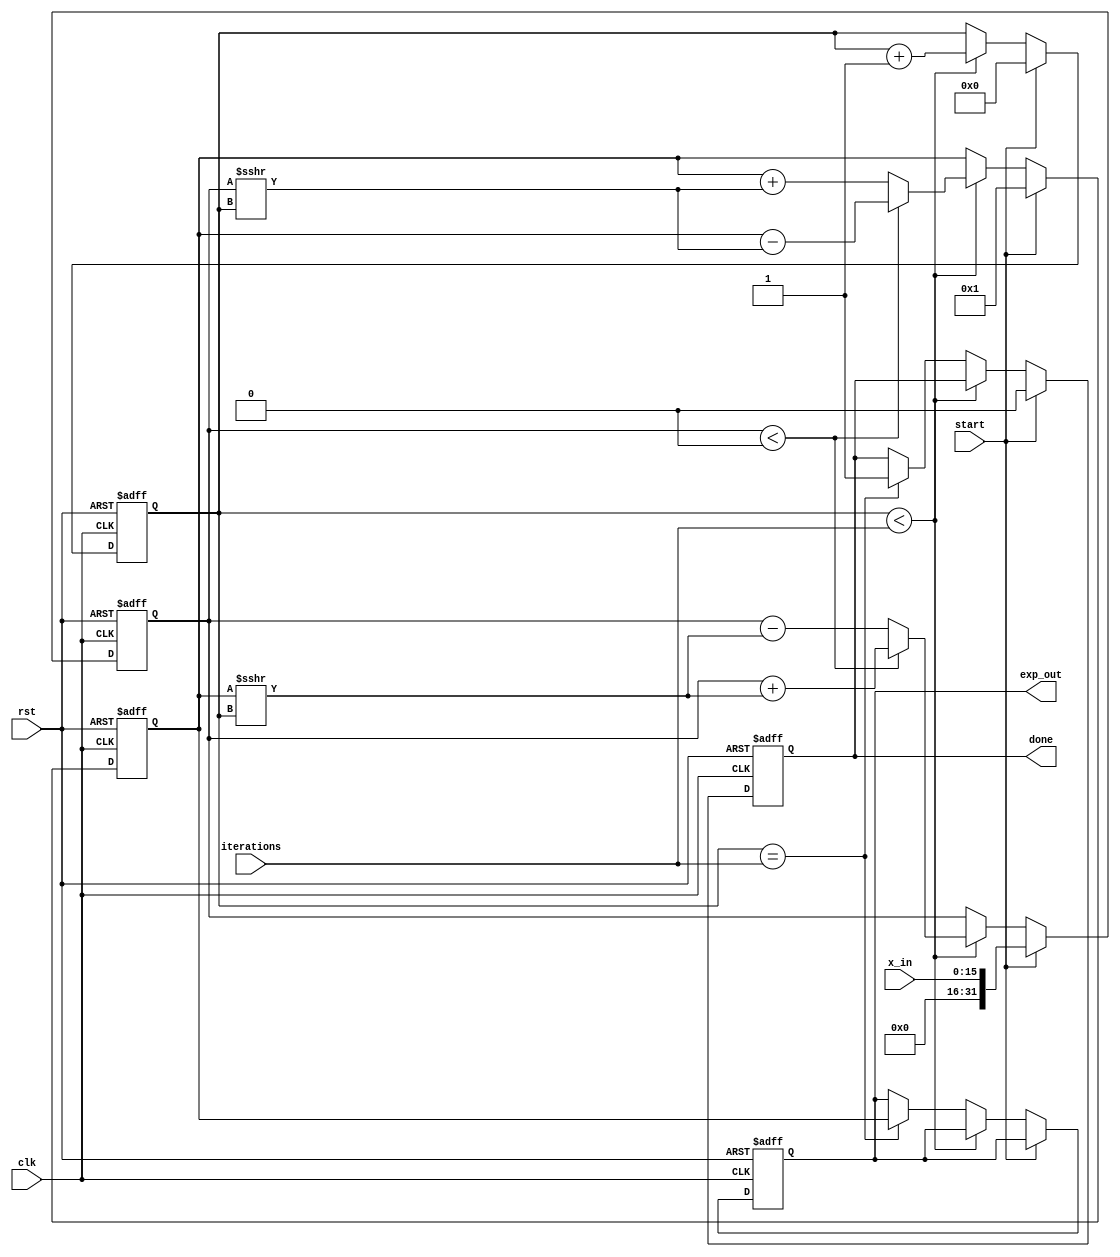
module cordic_exp (
    input wire clk,
    input wire rst,
    input wire start,
    input wire [15:0] x_in, // Fixed-point input for exponent
    input wire [3:0] iterations, // Number of iterations
    output reg [31:0] exp_out, // Fixed-point output for e^x
    output reg done // Signal to indicate completion
);

    // CORDIC parameters
    parameter N = 16; // Number of iterations
    reg [15:0] angle_table [0:N-1]; // Precomputed angles for CORDIC
    reg [31:0] x; // Current x value
    reg [31:0] y; // Current y value
    reg [3:0] count; // Iteration counter

    // Initialize the angle table (arctangent values)
    initial begin
        angle_table[0] = 16'h0000; // atan(2^0)
        angle_table[1] = 16'h1C71; // atan(2^-1)
        angle_table[2] = 16'h0D88; // atan(2^-2)
        angle_table[3] = 16'h05A8; // atan(2^-3)
        angle_table[4] = 16'h0282; // atan(2^-4)
        angle_table[5] = 16'h0143; // atan(2^-5)
        angle_table[6] = 16'h00A3; // atan(2^-6)
        angle_table[7] = 16'h0051; // atan(2^-7)
        angle_table[8] = 16'h0028; // atan(2^-8)
        angle_table[9] = 16'h0014; // atan(2^-9)
        angle_table[10] = 16'h000A; // atan(2^-10)
        angle_table[11] = 16'h0005; // atan(2^-11)
        angle_table[12] = 16'h0002; // atan(2^-12)
        angle_table[13] = 16'h0001; // atan(2^-13)
        angle_table[14] = 16'h0000; // atan(2^-14)
        angle_table[15] = 16'h0000; // atan(2^-15)
    end

    // State machine for CORDIC execution
    always @(posedge clk or posedge rst) begin
        if (rst) begin
            x <= 32'h00000000; // Reset x
            y <= 32'h00000001; // Initial y = 1 (for e^x)
            count <= 4'b0000; // Reset counter
            exp_out <= 32'h00000000; // Reset output
            done <= 1'b0; // Reset done signal
        end else if (start) begin
            x <= {16'h0000, x_in}; // Load input
            y <= 32'h00000001; // Initial y = 1
            count <= 4'b0000; // Start counting
            done <= 1'b0; // Reset done signal
        end else if (count < iterations) begin
            // CORDIC iteration
            if (x < 0) begin
                // Apply rotation in the positive direction
                x <= x + (y >>> count);
                y <= y - (x >>> count);
            end else begin
                // Apply rotation in the negative direction
                x <= x - (y >>> count);
                y <= y + (x >>> count);
            end
            count <= count + 1; // Increment counter
        end else if (count == iterations) begin
            exp_out <= y; // Output the result
            done <= 1'b1; // Indicate completion
        end
    end

endmodule